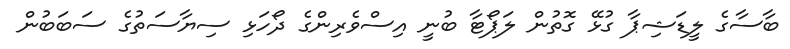
ބާސާގެ ލީޑަޝިޕާ ގުޅޭ ގޮތުން ލަޕޯޓާ ބުނީ އިސްވެރިންގެ ދޯހަޅި ސިޔާސަތުގެ ސަބަބުން